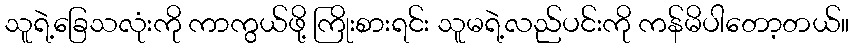
သူရဲ့ခြေသလုံးကို ကာကွယ်ဖို့ ကြိုးစားရင်း သူမရဲ့လည်ပင်းကို ကန်မိပါတော့တယ်။